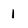
Character: 1